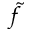
\widetilde { f }